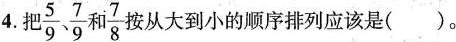
4.把\frac{5}{9}, \frac{7}{9} 和 \frac{7}{8} 按从大到小的顺序排列应该是( )。